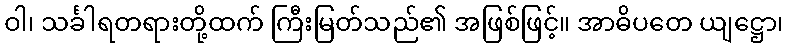
ဝါ၊ သင်္ခါရတရားတို့ထက် ကြီးမြတ်သည်၏ အဖြစ်ဖြင့်။ အာဓိပတေ ယျဋ္ဌော၊